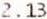
2.13